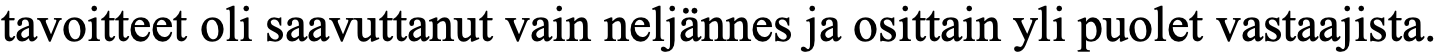
tavoitteet oli saavuttanut vain neljännes ja osittain yli puolet vastaajista.